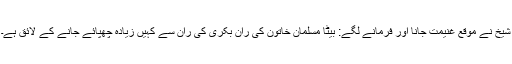
شیخ نے موقع غنیمت جانا اور فرمانے لگے: بیٹا مسلمان خاتون کی ران بکری کی ران سے کہیں زیادہ چھپائے جانے کے لائق ہے۔